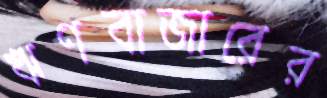
ঋণবাজারের